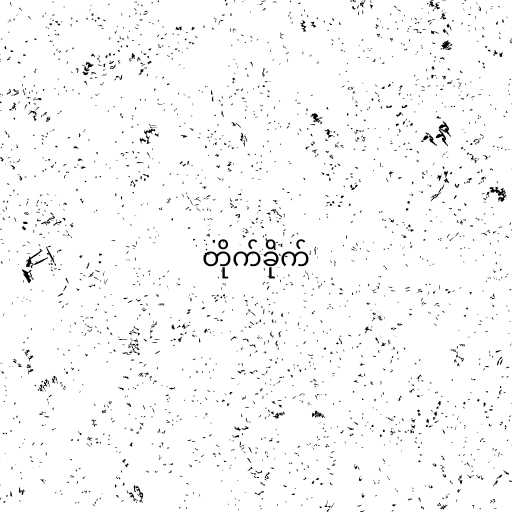
တိုက်ခိုက်